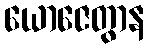
ယောဇေတွာန